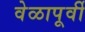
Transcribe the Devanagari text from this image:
वेळापूर्वी